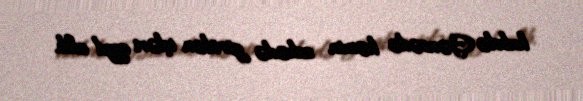
habelə Gəncədə həmin sahədə görülən işləri qeyd edib.